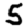
Digit: 5